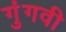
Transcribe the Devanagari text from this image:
गुंगवी